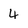
Character: 4